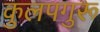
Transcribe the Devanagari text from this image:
कुलपगुरू